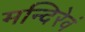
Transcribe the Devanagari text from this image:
मन्दिरेवं